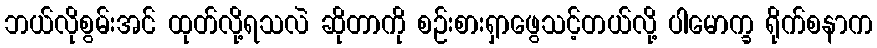
ဘယ်လိုစွမ်းအင် ထုတ်လို့ရသလဲ ဆိုတာကို စဉ်းစားရှာဖွေသင့်တယ်လို့ ပါမောက္ခ ရိုက်စနာက